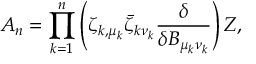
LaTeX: A _ { n } = \prod _ { k = 1 } ^ { n } \left( \zeta _ { k , \mu _ { k } } \bar { \zeta } _ { k \nu _ { k } } { \frac { \delta } { \delta B _ { \mu _ { k } \nu _ { k } } } } \right) Z ,